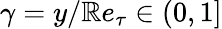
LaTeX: \gamma=y/\mathbb{R}e_{\tau}\in(0,1]